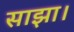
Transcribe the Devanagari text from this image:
साझा।